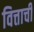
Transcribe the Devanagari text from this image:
वित्ताची